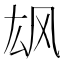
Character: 𲋎